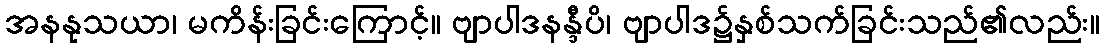
အနနုသယာ၊ မကိန်းခြင်းကြောင့်။ ဗျာပါဒနန္ဒီပိ၊ ဗျာပါဒ၌နှစ်သက်ခြင်းသည်၏လည်း။